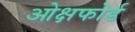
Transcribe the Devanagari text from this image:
ओक्षफोर्ड